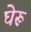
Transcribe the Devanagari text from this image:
घेरू